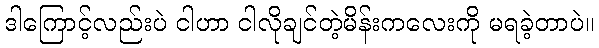
ဒါကြောင့်လည်းပဲ ငါဟာ ငါလိုချင်တဲ့မိန်းကလေးကို မရခဲ့တာပဲ။